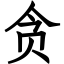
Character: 贪